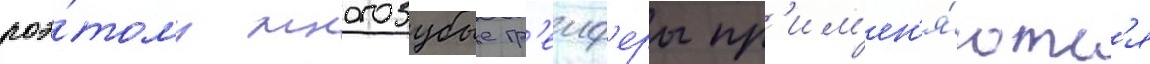
поэ́тому многозубые гр'еиф'еры пр'им'ен'я́ютс'я